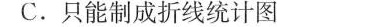
C.只能制成折线统计图